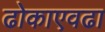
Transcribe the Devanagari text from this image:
ढोकाएवढा